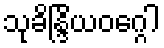
သုခိန္ဒြိယဝဂ္ဂေါ